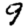
Digit: 9